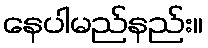
နေပါမည်နည်း။